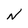
Character: N